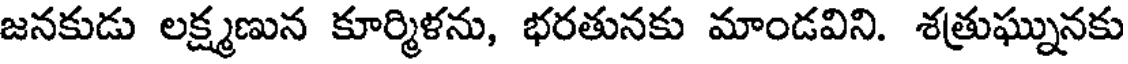
జనకుడు లక్ష్మణున కూర్మిళను, భరతునకు మాండవిని. శత్రుఘ్నునకు